Report on lock hospitals in British Burma
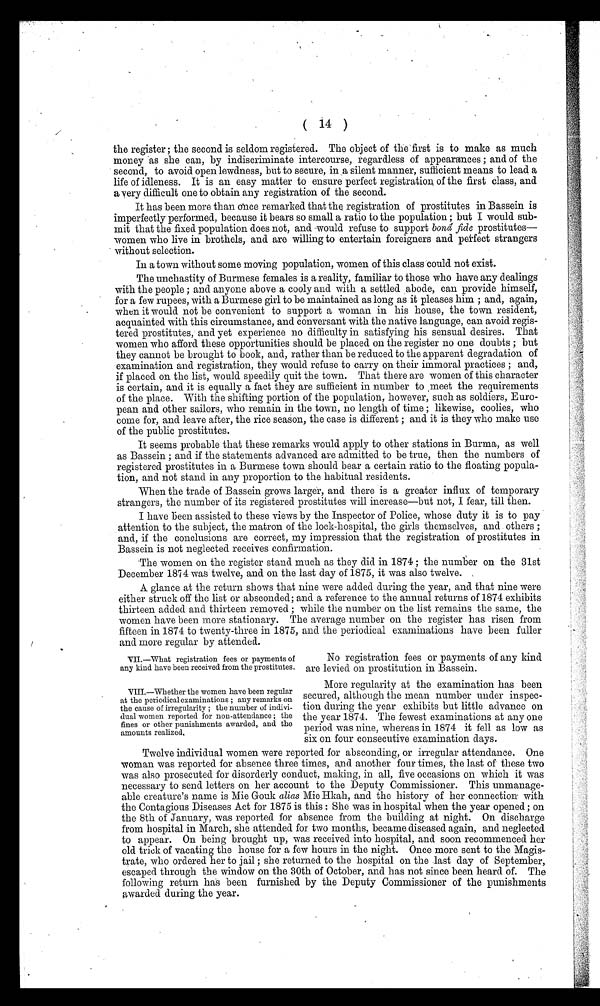
VII.—What registration fees or payments of
any kind have been received from the prostitutes.
VIII.—Whether the women have been regular
at the periodical examinations ; any remarks on
the cause of irregularity ; the number of indivi-
dual women reported for non-attendance ; the
fines or other punishments awarded, and the
amounts realized,
( 14 )
the register ; the second is seldom registered. The object of the first is to make as much
money as she can, by indiscriminate intercourse, regardless of appearances ; and of the
second, to avoid open lewdness, but to secure, in a silent manner, sufficient means to lead a
life of idleness. It is an easy matter to ensure perfect registration, of the first class, and
a very difficult one to obtain any registration of the second.
It has been more than once remarked that the registration of prostitutes in Bassein is
imperfectly performed, because it bears so small a ratio to the population ; but I would sub-
mit that the fixed population does not, and -would refuse to support bond fide prostitutes—
women who live in brothels, and are willing to entertain foreigners and perfect strangers
- without selection.
In a town without some moving population, women of this class 'could not exist.
The unchastity of Burmese females is a reality, familiar to those who have any dealings
with the people ; and anyone above a cooly and with a settled abode, can provide himself,
for a few rupees, with a Burmese girl to be maintained as long as it pleases him ; and, again,
when it would not be convenient to support a woman in his house, the town resident,
acquainted with this circumstance, and conversant with the native language, can avoid regis-
tered prostitutes, and yet experience no difficulty in satisfying his sensual desires. That
women who afford these opportunities should be placed on the register no one doubts ; but
they cannot be brought to book, and, rather than be reduced to the apparent degradation of
examination and registration, they would refuse to carry on their immoral practices ; and,
if placed on the list, would speedily quit the town. That there are women of this character
is certain, and it is equally a fact they are sufficient in number to meet the requirements
of the place. With the shifting portion of the population, however, such as soldiers, Euro-
pean and other sailors, who remain in the town, no length of time ; likewise, coolies, who
come for, and leave after, the rice season, the case is different ; and it is they who make use
of the public prostitutes.
It seems probable that these remarks would apply to other stations in Burma, as well
as Bassein ; and if the statements advanced are admitted to be true, then the numbers of
registered prostitutes in a Burmese town should bear a certain ratio to the floating popula-
tion, and not stand in any proportion to the habitual residents.
When the trade of Bassein grows larger, and there is a greater influx of temporary
strangers, the number of its registered prostitutes will increase—but not, I fear, till then.
I have been assisted to these views by the Inspector of Police, whose duty it is to pay
attention to the subject, the matron of the lock-hospital, the girls themselves, and others ;
and, if the conclusions are correct, my impression that the registration of prostitutes in
Bassein is not neglected receives confirmation.
The women on the register stand much as they did in 1874 ; the number on the 31st
December 1874 was twelve, and on the last day of 1875, it was also twelve.
A glance at the return shows that nine were added during the year, and that nine were
either struck off the list or absconded; and a reference to the annual returns of 1874 exhibits
thirteen added and thirteen removed ; while the number on the list remains the same, the
women have been more stationary. The average number on the register has risen from
fifteen in 1874 to twenty-three in 1875, and the periodical examinations have been fuller
and more regular by attended.
No registration fees or payments of any kind
are levied on prostitution in Bassein.
More regularity at the examination has been
secured, although the mean number under inspec-
tion during the year exhibits but little advance on
the year 1874. The fewest examinations at any one
period was nine, whereas in 1874 it fell as low as
six on four consecutive examination days.
Twelve individual women were reported for absconding, or irregular attendance. One
woman was reported for absence three times, and another four times, the last of these two
was also prosecuted for disorderly conduct, making, in all, five occasions on which it was
necessary to send letters on her account to the Deputy Commissioner. This unmanage-
able creature's name is Mie Gouk alias Mie Hkah, and the history of her connection with
the Contagious Diseases Act for 1875 is this : She was in hospital when the year opened ; on
the 8th of January, was reported for absence from the building at night. On discharge
from hospital in March, she attended for two months, became diseased again, and neglected
to appear. On being brought up, was received into hospital, and soon recommenced her
old trick of vacating the house for a few hours in the night. Once more sent to the Magis-
trate, who ordered her to jail ; she returned to the hospital on the last day of September,
escaped through the window on the 30th of October, and has not since been heard of. The
following return has been furnished by the Deputy Commissioner of the punishments
awarded during the year.